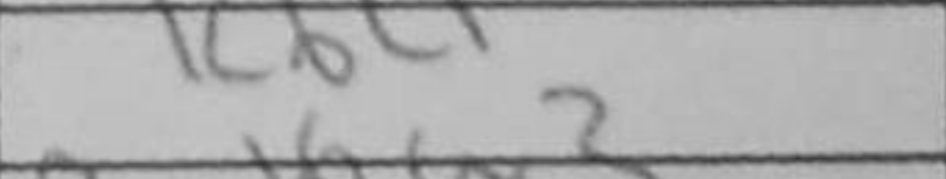
Transcription: Kb4